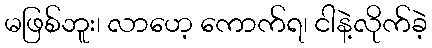
မဖြစ်ဘူး၊ လာဟေ့ ကောက်ရ၊ ငါနဲ့လိုက်ခဲ့